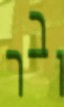
ובר